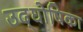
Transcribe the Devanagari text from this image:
उद्‌घोषिका